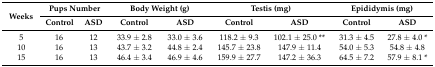
<table><thead><tr><td rowspan="2"><b>Weeks</b></td><td colspan="2"><b>Pups Number</b></td><td colspan="2"><b>Body Weight (g)</b></td><td colspan="2"><b>Testis (mg)</b></td><td colspan="2"><b>Epididymis (mg)</b></td></tr><tr><td><b>Control</b></td><td><b>ASD</b></td><td><b>Control</b></td><td><b>ASD</b></td><td><b>Control</b></td><td><b>ASD</b></td><td><b>Control</b></td><td><b>ASD</b></td></tr></thead><tbody><tr><td>5</td><td>16</td><td>12</td><td>33.9 ± 2.8</td><td>33.0 ± 3.6</td><td>118.2 ± 9.3</td><td>102.1 ± 25.0 **</td><td>31.3 ± 4.5</td><td>27.8 ± 4.0 *</td></tr><tr><td>10</td><td>16</td><td>13</td><td>43.7 ± 3.2</td><td>44.8 ± 2.4</td><td>145.7 ± 23.8</td><td>147.9 ± 11.4</td><td>54.0 ± 5.3</td><td>54.8 ± 4.8</td></tr><tr><td>15</td><td>16</td><td>13</td><td>46.4 ± 3.4</td><td>46.9 ± 4.6</td><td>159.9 ± 27.7</td><td>147.2 ± 36.3</td><td>64.5 ± 7.2</td><td>57.9 ± 8.1 *</td></tr></tbody></table>